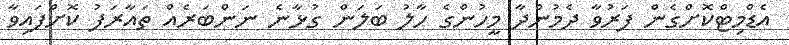
އެޑްމިޓްކޮށްގެން ފަރުވާ ދެމުންދާ މީހުންގެ ހާލު ބަލަން ގުޅާނެ ނަންބަރެއް ތައާރަފު ކޮށްފައިވާ